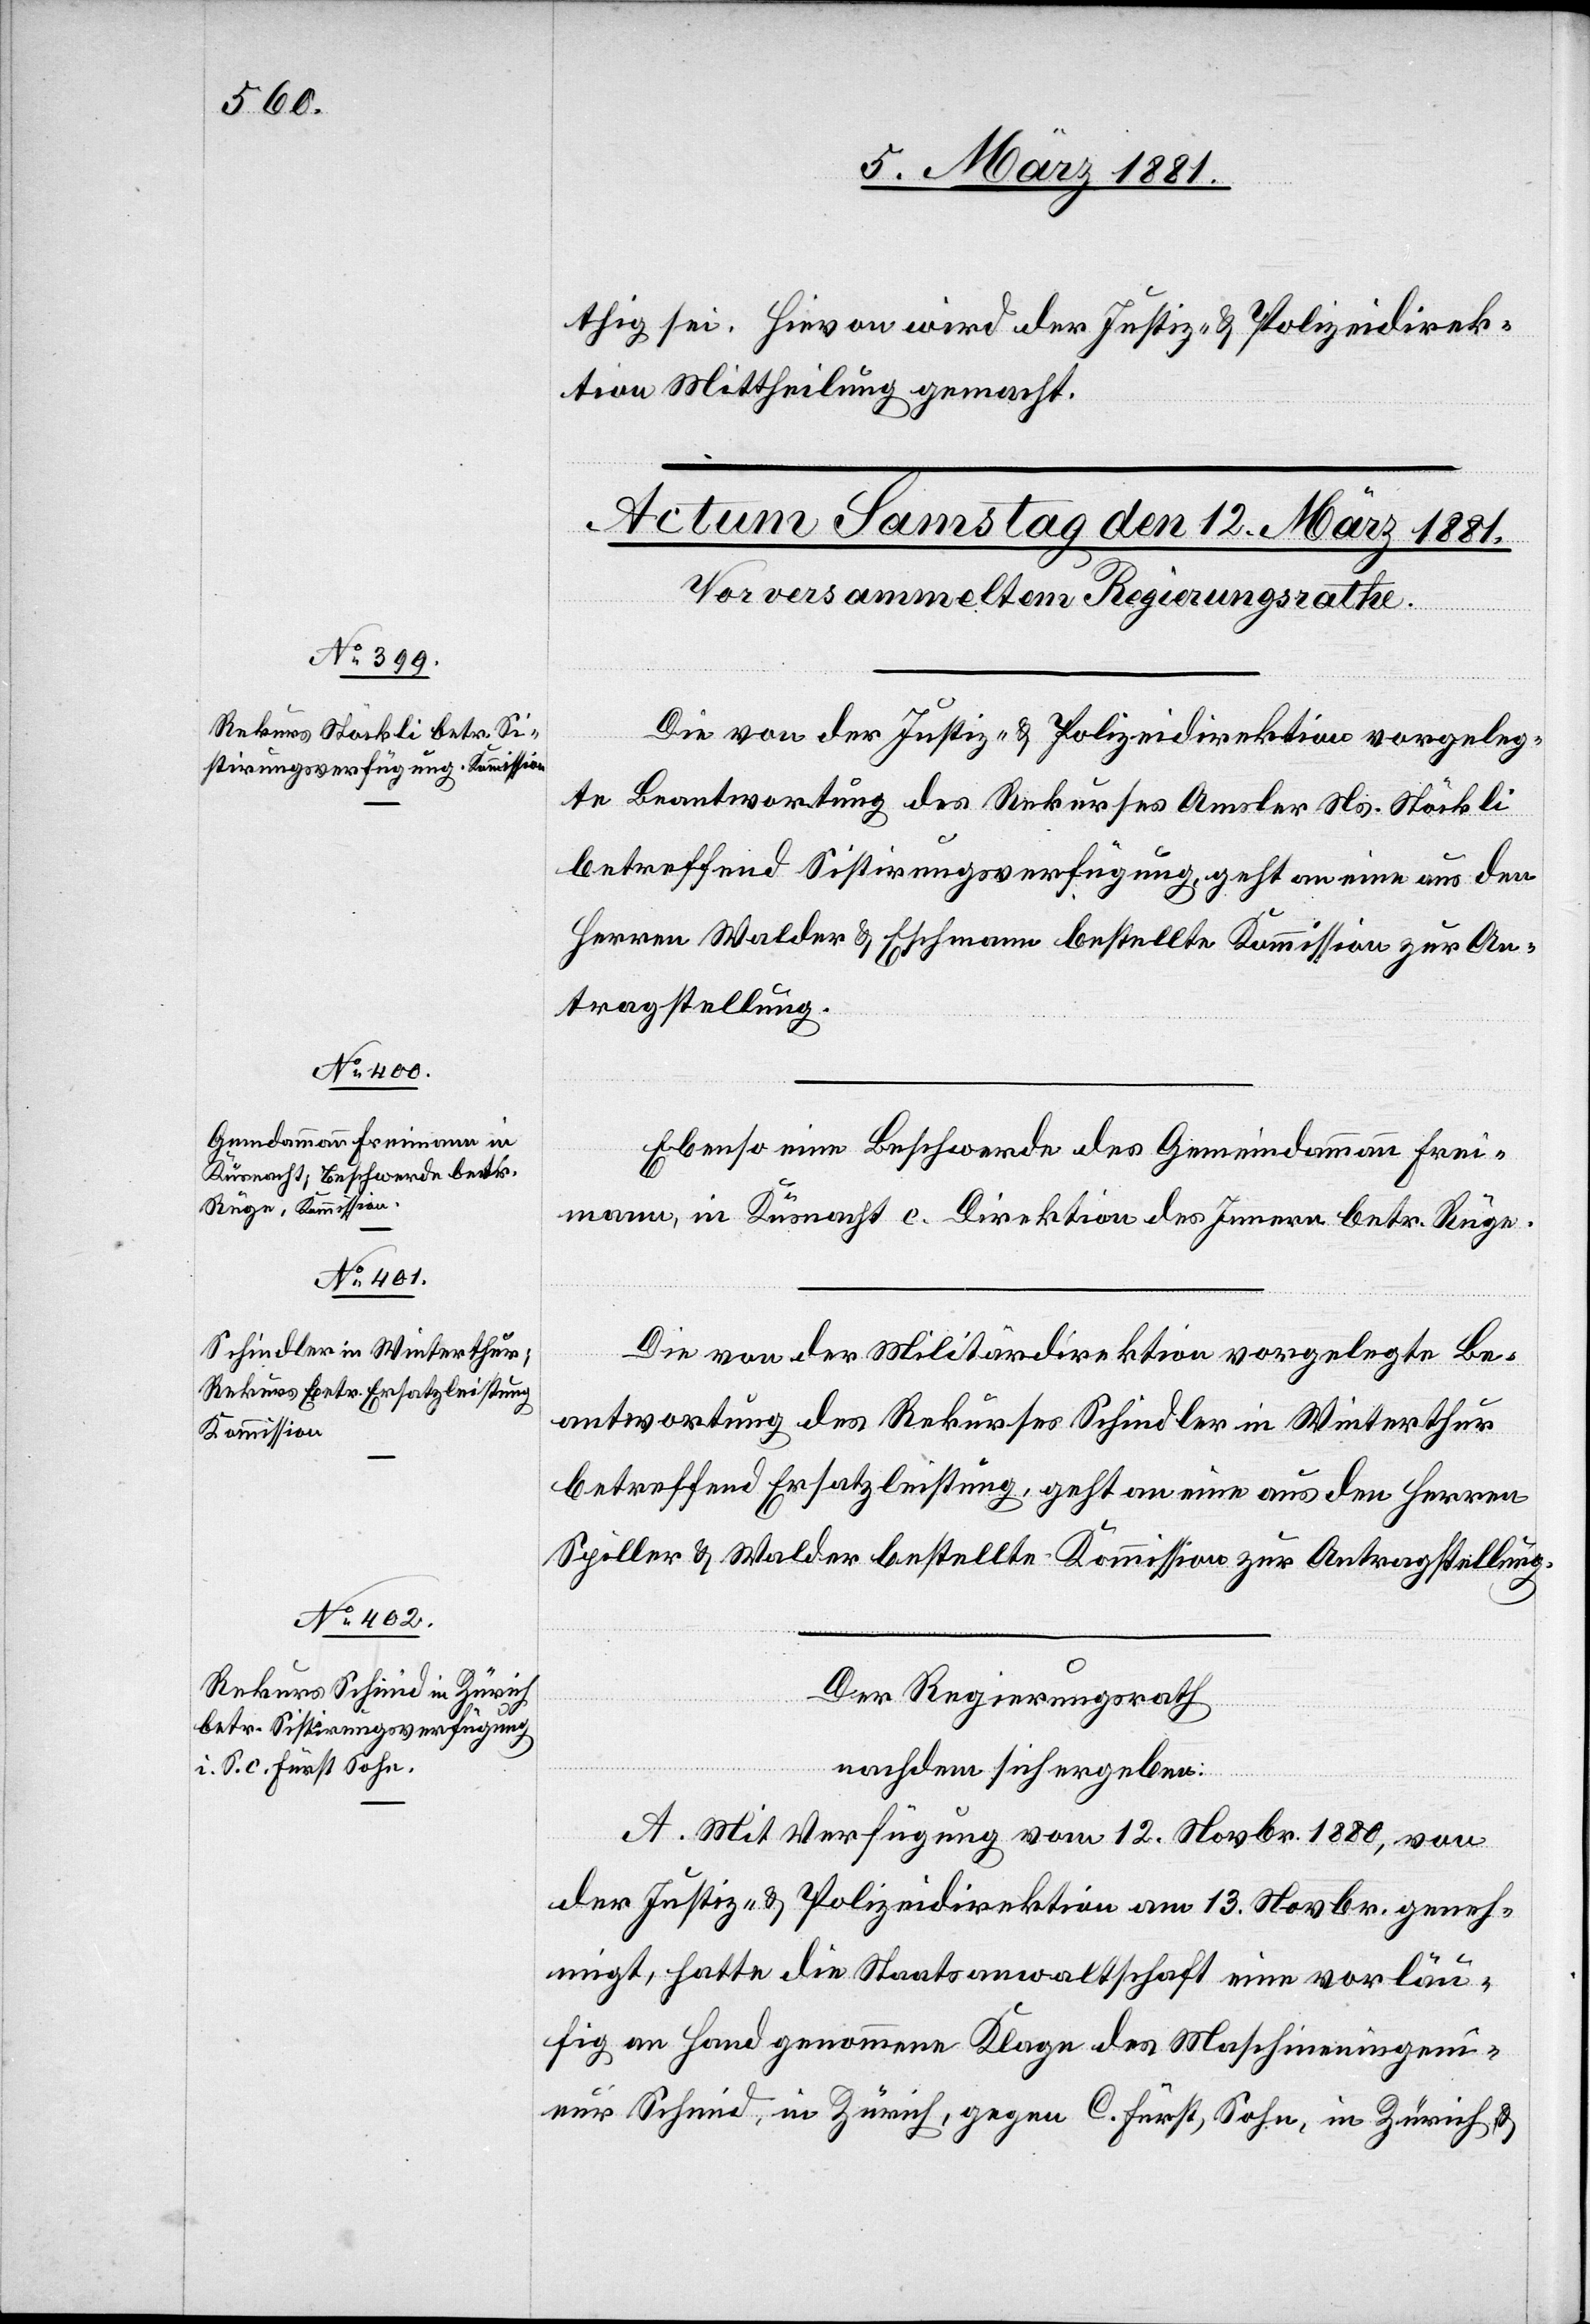
thig sei. Hievon wird der Justiz- & Polizeidirek¬
tion Mittheilung gemacht.
Die von der Justiz- & Polizeidirektion vorgeleg¬
te Beantwortung des Rekurses Amsler Ns. Stöckli
betreffend Sistirungsverfügung, geht an eine aus den
Herren Walder & Eschmann bestellte Kommission zur An¬
tragstellung.
Ebenso eine Beschwerde des Gemeindammann Frei¬
mann, in Küsnacht c. Direktion des Innern betr. Rüge.
Die von der Militärdirektion vorgelegte Be¬
antwortung des Rekurses Schindler in Winterthur
betreffend Ersatzleistung, geht an eine aus den Herren
Spiller & Walder bestellte Kommission zur Antragstellung.
Der Regierungsrath
nachdem sich ergeben:
A. Mit Verfügung vom 12. Novbr. geneh¬
migt, hatte die Staatsanwaltschaft eine vorläu¬
fig an Hand genommene Klage des Maschineningeni¬
eur Schmid, in Zürich, gegen C. Fürst, Sohn, in Zürich, &